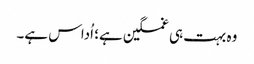
وہ بہت ہی غمگین ہے؛ اُداس ہے۔